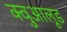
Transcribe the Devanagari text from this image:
क्वुआलूड